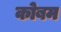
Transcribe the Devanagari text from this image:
कोबम